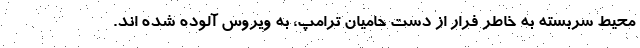
محیط سربسته به خاطر فرار از دست حامیان ترامپ، به ویروس آلوده شده اند.